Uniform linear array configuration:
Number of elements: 48
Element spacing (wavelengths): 0.5
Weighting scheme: hamming
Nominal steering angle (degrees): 60
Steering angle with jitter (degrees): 60.589
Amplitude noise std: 0.05
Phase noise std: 0.05

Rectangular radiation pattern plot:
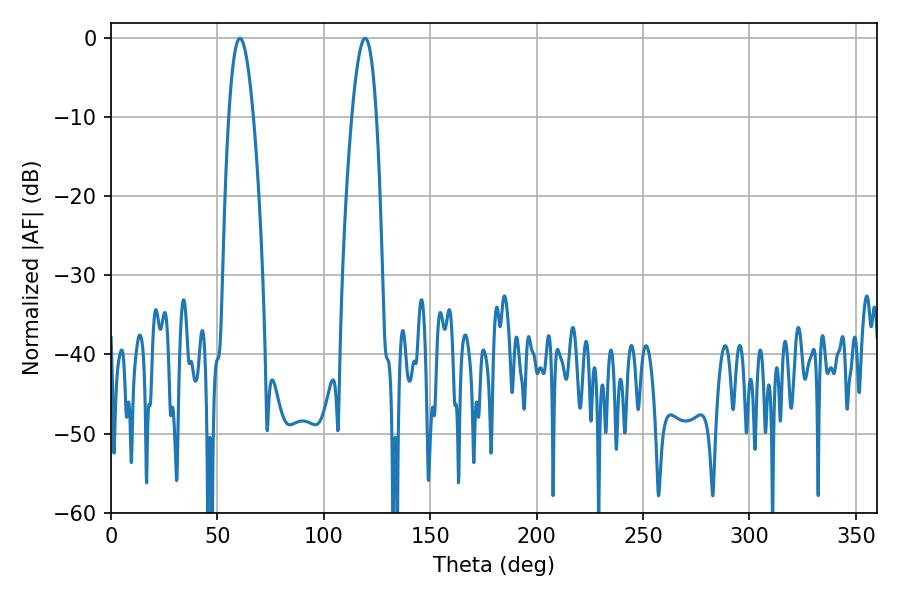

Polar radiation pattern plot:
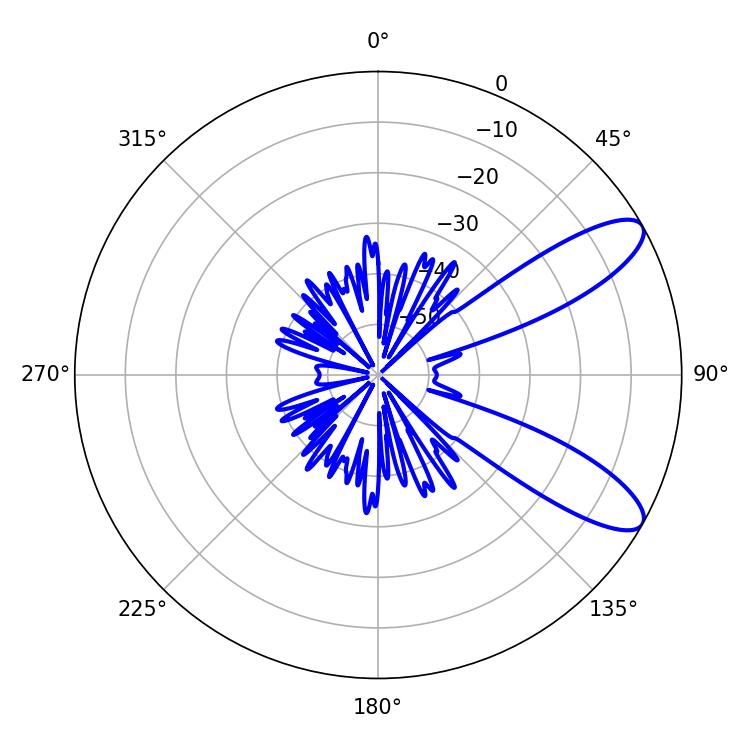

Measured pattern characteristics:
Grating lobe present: FALSE
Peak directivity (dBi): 9.813
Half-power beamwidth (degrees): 6.3
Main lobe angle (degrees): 60.66